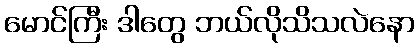
မောင်ကြီး ဒါတွေ ဘယ်လိုသိသလဲနော